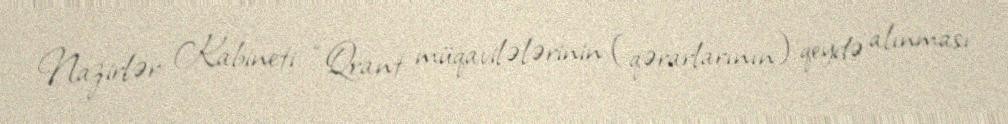
Nazirlər Kabineti “Qrant müqavilələrinin (qərarlarının) qeydə alınması